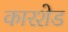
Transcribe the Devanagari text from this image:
कारशेड